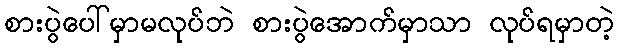
စားပွဲပေါ်မှာမလုပ်ဘဲ စားပွဲအောက်မှာသာ လုပ်ရမှာတဲ့